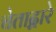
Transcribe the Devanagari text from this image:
चेताद्वारे